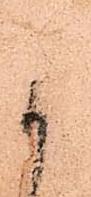
よ